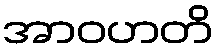
အာဝဟတိ